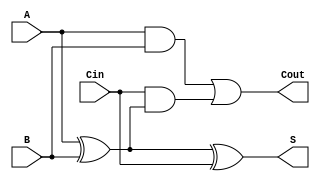
module TG_FullAdder (
    input wire A,      // First input bit
    input wire B,      // Second input bit
    input wire Cin,    // Carry-in bit
    output wire S,     // Sum output
    output wire Cout   // Carry-out output
);

    wire A_and_B;
    wire A_xor_B;
    wire A_xor_B_and_Cin;

    // Intermediate signals
    // Calculate A  B
    assign A_xor_B = (A ^ B); // XOR operation

    // Sum Calculation S = A  B  Cin
    assign S = A_xor_B ^ Cin; // Final Sum

    // Carry-out Calculation Cout = (A  B) + (Cin  (A  B))
    assign A_and_B = A & B; // AND operation for A  B
    assign A_xor_B_and_Cin = Cin & A_xor_B; // AND operation for Cin  (A  B)

    // OR operation to get Cout
    assign Cout = A_and_B | A_xor_B_and_Cin;

endmodule